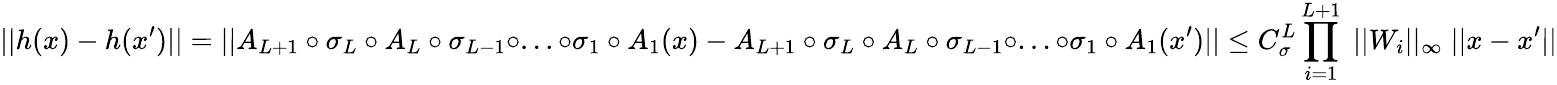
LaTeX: ||h(x)-h(x^{\prime})||=||A_{L+1}\circ\sigma_{L}\circ A_{L}\circ\sigma_{L-1}\circ...\circ\sigma_{1}\circ A_{1}(x)-A_{L+1}\circ\sigma_{L}\circ A_{L}\circ\sigma_{L-1}\circ...\circ\sigma_{1}\circ A_{1}(x^{\prime})||\leq C_{\sigma}^{L}\prod_{i=1}^{L+1}\; ||W_{i}||_{\infty}\; ||x-x^{\prime}||